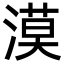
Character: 漠